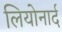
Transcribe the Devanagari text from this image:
लियोनार्द